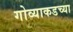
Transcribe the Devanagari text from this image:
गोव्याकडच्या